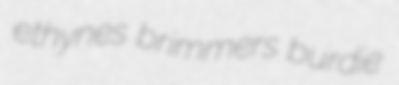
ethynes brimmers burdie